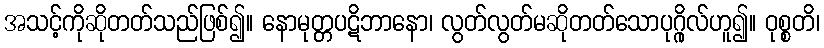
အသင့်ကိုဆိုတတ်သည်ဖြစ်၍။ နောမုတ္တပဋိဘာနော၊ လွတ်လွတ်မဆိုတတ်သောပုဂ္ဂိုလ်ဟူ၍။ ဝုစ္စတိ၊